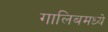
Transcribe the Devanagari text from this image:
गालिबमध्ये